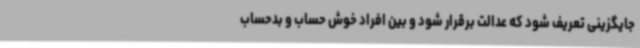
جایگزینی تعریف شود که عدالت برقرار شود و بین افراد خوش حساب و بدحساب